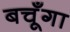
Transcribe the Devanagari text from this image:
बचूँगा